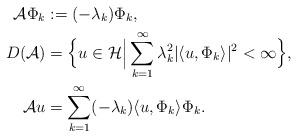
LaTeX: \begin{align*} {\cal A} \Phi_k &:= (-\lambda_k) \Phi_k, \\ D({\cal A}) &= \Big\{u \in {\cal H} \Big| \sum^\infty_{k =1} \lambda^2_k |\langle u, \Phi_k \rangle|^2 < \infty\Big\}, \\ {\cal A} u &= \sum^\infty_{k = 1} (-\lambda_k) \langle u, \Phi_k \rangle \Phi_k. \end{align*}